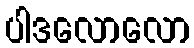
ပါဒလောလော